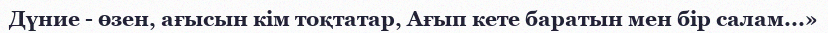
Дүние - өзен, ағысын кім тоқтатар, Ағып кете баратын мен бір салам...»